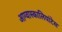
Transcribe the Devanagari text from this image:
आग्वास्कालियांटेस